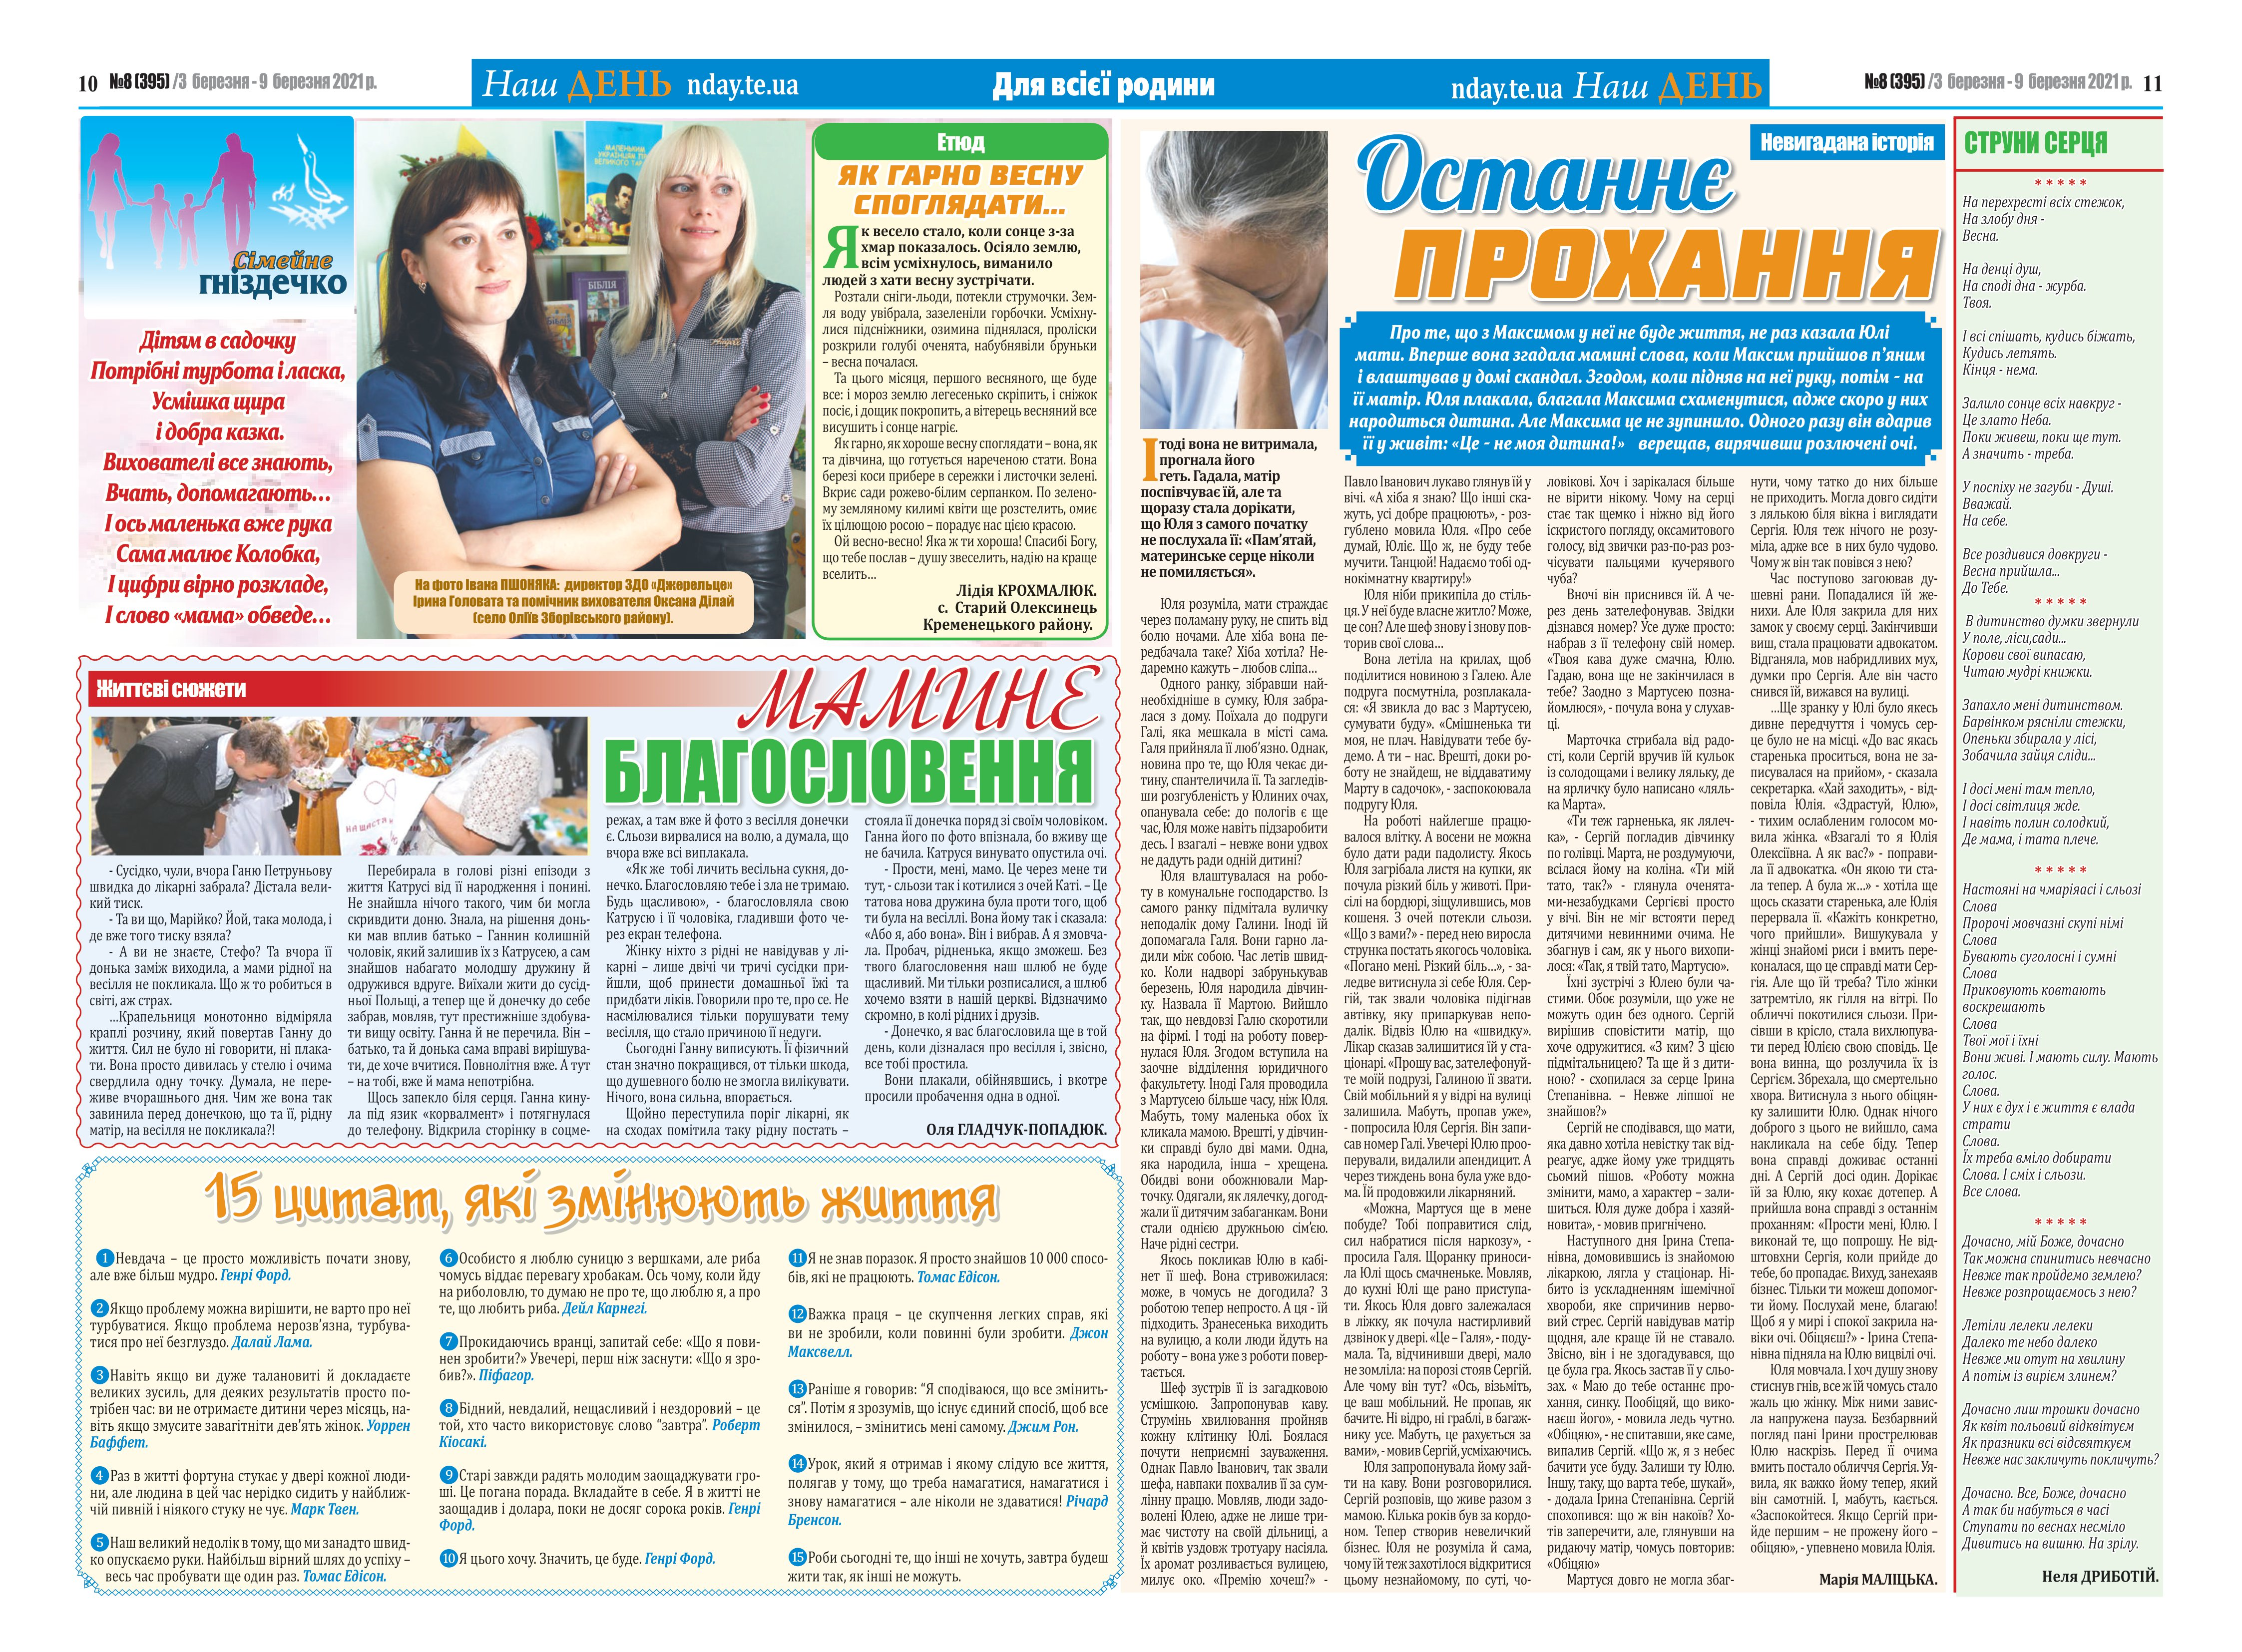
Language: uk